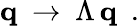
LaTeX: {\mathbf q}~\rightarrow~\Lambda\, {\mathbf q}~~.